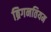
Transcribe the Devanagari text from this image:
ब्रिगनतियम